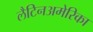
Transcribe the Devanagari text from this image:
लैटिनअमेरिका